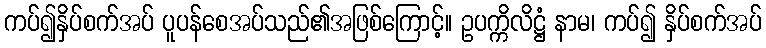
ကပ်၍နှိပ်စက်အပ် ပူပန်စေအပ်သည်၏အဖြစ်ကြောင့်။ ဥပက္ကိလိဋ္ဌံ နာမ၊ ကပ်၍ နှိပ်စက်အပ်